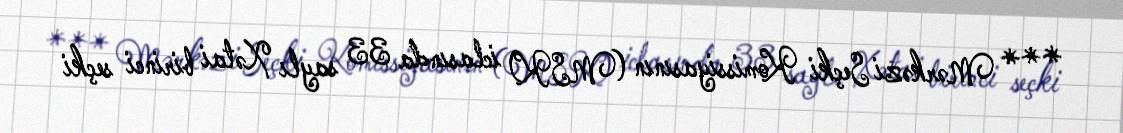
*** Mərkəzi Seçki Komissiyasının (MSK) iclasında 33 saylı Xətai birinci seçki